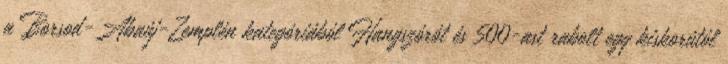
a Borsod-Abaúj-Zemplén kategóriából Hangszórót és 500-ast rabolt egy kiskorútól